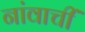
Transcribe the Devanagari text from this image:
नांवाचीं